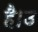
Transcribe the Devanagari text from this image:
है।उ